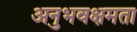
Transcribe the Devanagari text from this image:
अनुभवक्षमता